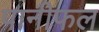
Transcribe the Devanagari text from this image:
पानीफल